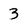
Character: 3